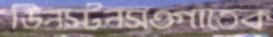
ডিনস্টনসওগাতেক